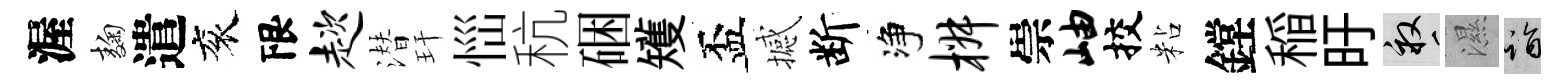
渥麹遣衮限趑潜玕𢙉秔硱矱盃撼断净椒崇岫挍粘鏜稲旴畝濕诣